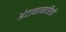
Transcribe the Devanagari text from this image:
अंटानानारिवो